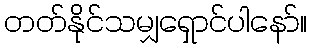
တတ်နိုင်သမျှရှောင်ပါနော်။